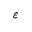
\varepsilon